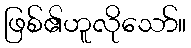
ဖြစ်၏ဟူလိုသော်။